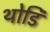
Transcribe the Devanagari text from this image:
थोडि